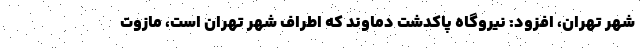
شهر تهران، افزود: نیروگاه پاکدشت دماوند که اطراف شهر تهران است، مازوت